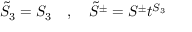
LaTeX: \tilde { S } _ { 3 } = S _ { 3 } \quad , \quad \tilde { S } ^ { \pm } = S ^ { \pm } t ^ { S _ { 3 } }